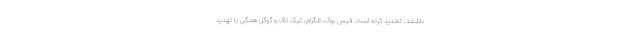
داشتند، تشدید کرده است. فیس بوک، تلگرام، تیک تاک و گوگل همگی با تهدید